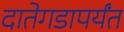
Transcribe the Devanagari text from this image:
दातेगडापर्यंत